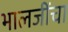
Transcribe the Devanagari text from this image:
भालजींचा